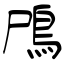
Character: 鳲